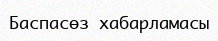
Баспасөз хабарламасы